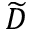
\widetilde { D }